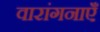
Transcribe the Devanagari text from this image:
वारांगनाएँ